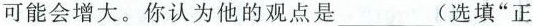
可能会增大。你认为他的观点是_(选填”正